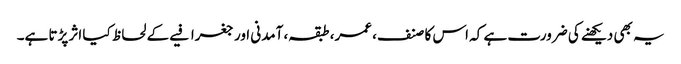
یہ بھی دیکھنے کی ضرورت ہے کہ اس کا صنف، عمر، طبقہ، آمدنی اور جغرافیے کے لحاظ کیا اثر پڑتا ہے۔